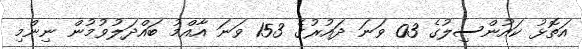
އަތޮޅު ކައުންސިލުގެ 03 ވަނަ ދައުރުގެ 153 ވަނަ އާއްމު ބައްދަލުވުމުން ނިންމި